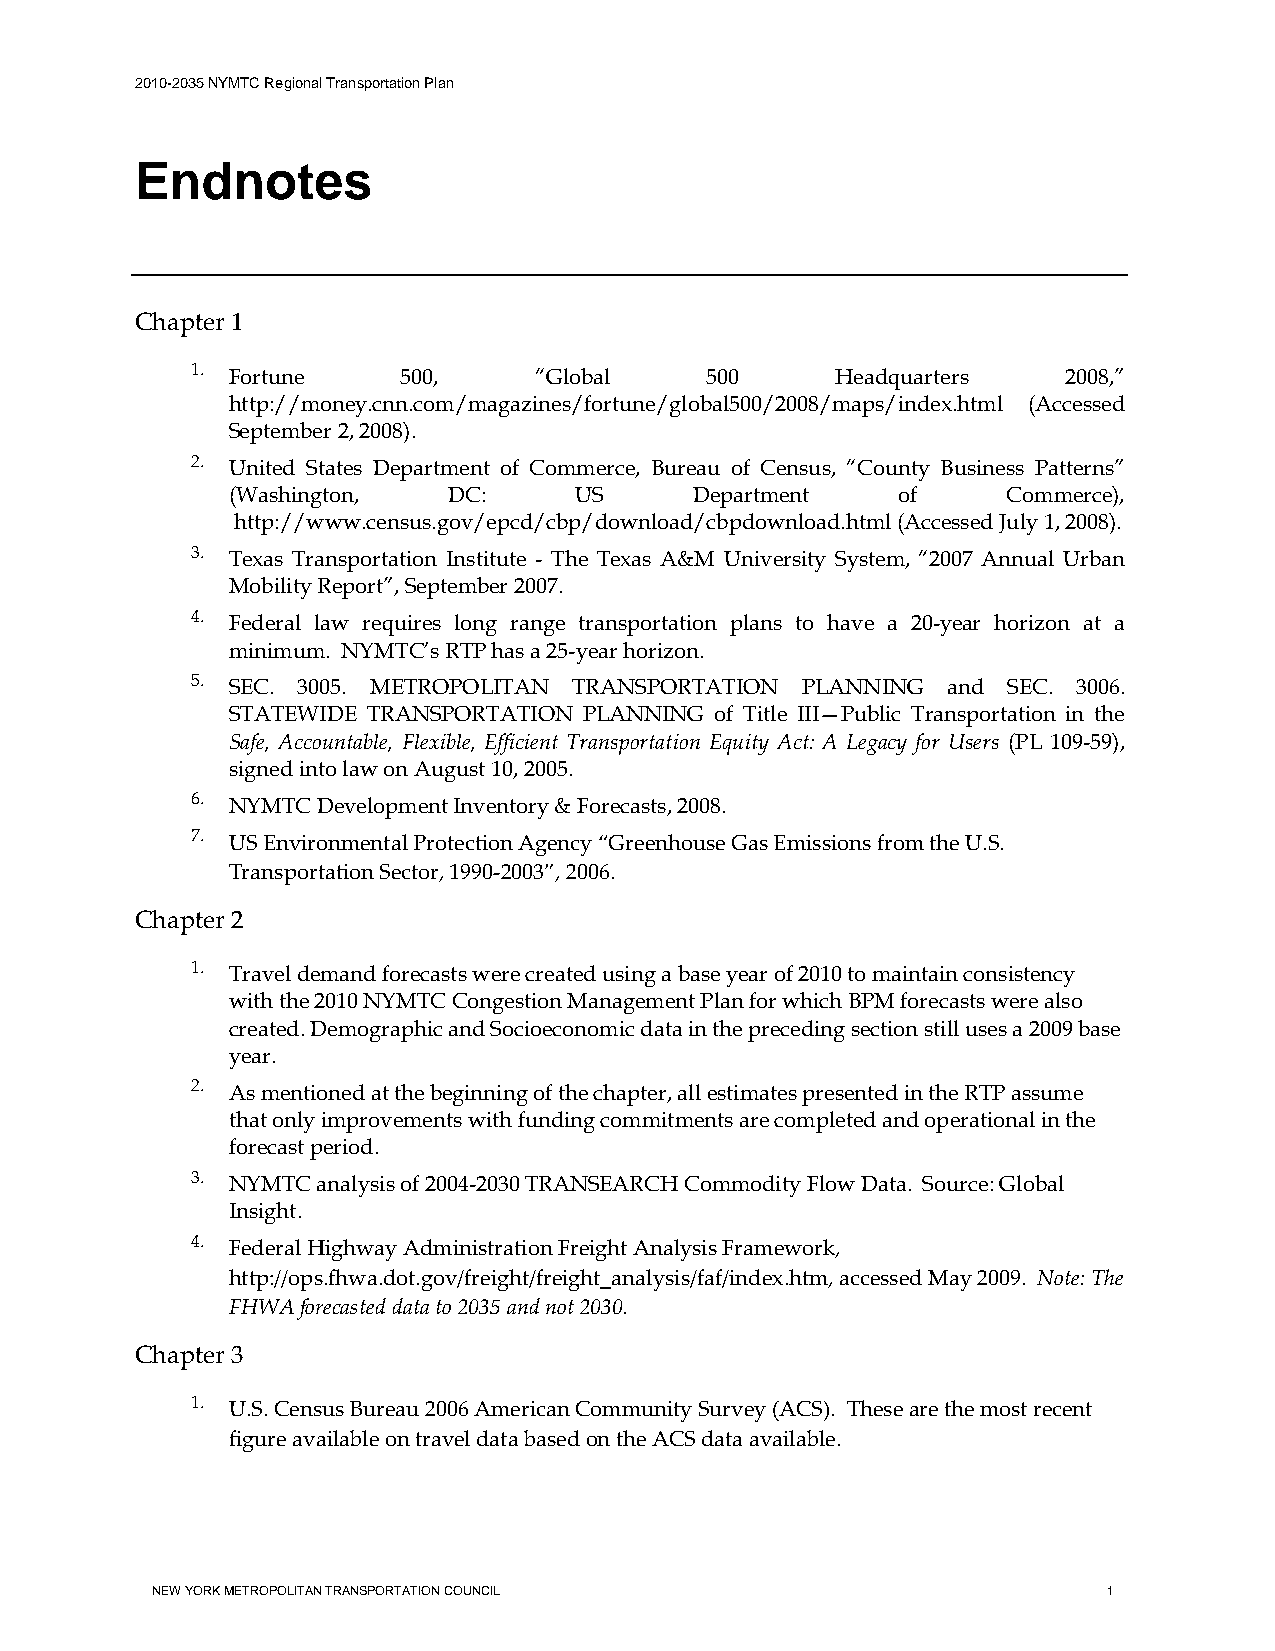
2010-2035 NYMTC Regional Transportation Plan
 Endnotes
 Chapter 1
 1. Fortune    500,    “Global     500     Headquarters    2008,”
 http://money.cnn.com/magazines/fortune/global500/2008/maps/index.html (Accessed
 September 2, 2008).
 2. United States Department of Commerce, Bureau of Census, “County Business Patterns”
 (Washington,   DC:     US      Department   of      Commerce),
 http://www.census.gov/epcd/cbp/download/cbpdownload.html (Accessed July 1, 2008).
 3. Texas Transportation Institute - The Texas A&M University System, “2007 Annual Urban
 Mobility Report”, September 2007.
 4. Federal law requires long range transportation plans to have a 20-year horizon at a
 minimum. NYMTC’s RTP has a 25-year horizon.
 5. SEC. 3005. METROPOLITAN TRANSPORTATION PLANNING and SEC. 3006.
 STATEWIDE TRANSPORTATION PLANNING of Title III—Public Transportation in the
 Safe, Accountable, Flexible, Efficient Transportation Equity Act: A Legacy for Users (PL 109-59),
 signed into law on August 10, 2005.
 6. NYMTC Development Inventory & Forecasts, 2008.
 7. US Environmental Protection Agency “Greenhouse Gas Emissions from the U.S.
 Transportation Sector, 1990‐2003”, 2006.
 Chapter 2
 1. Travel demand forecasts were created using a base year of 2010 to maintain consistency
 with the 2010 NYMTC Congestion Management Plan for which BPM forecasts were also
 created. Demographic and Socioeconomic data in the preceding section still uses a 2009 base
 year.
 2. As mentioned at the beginning of the chapter, all estimates presented in the RTP assume
 that only improvements with funding commitments are completed and operational in the
 forecast period.
 3. NYMTC analysis of 2004-2030 TRANSEARCH Commodity Flow Data. Source: Global
 Insight.
 4. Federal Highway Administration Freight Analysis Framework,
 http://ops.fhwa.dot.gov/freight/freight_analysis/faf/index.htm, accessed May 2009. Note: The
 FHWA forecasted data to 2035 and not 2030.
 Chapter 3
 1. U.S. Census Bureau 2006 American Community Survey (ACS). These are the most recent
 figure available on travel data based on the ACS data available.
 NEW YORK METROPOLITAN TRANSPORTATION COUNCIL                   1